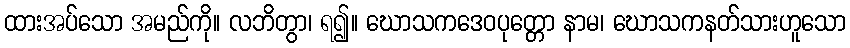
ထားအပ်သော အမည်ကို။ လဘိတွာ၊ ရ၍။ ဃောသကဒေဝပုတ္တော နာမ၊ ဃောသကနတ်သားဟူသော